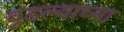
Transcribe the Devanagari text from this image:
बुडल्याच्या